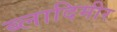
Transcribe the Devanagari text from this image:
ब्लादिमीर